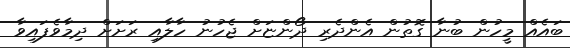
ބައެއް މީހުން ބުނާ ގޮތުން އެންދެރި ދޯންޏަށް ޖެހުނު ހާލާއި ރަށަށް ދިމާވެފައިވާ